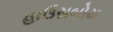
હાઉસબોય